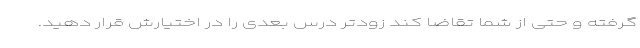
گرفته و حتی از شما تقاضا کند زودتر درس بعدی را در اختیارش قرار دهید.